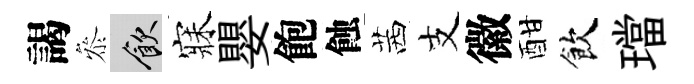
謁叅飲寐嬰飽蝕茜支徽酣飲璫